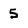
Character: 5